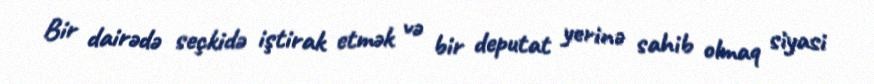
Bir dairədə seçkidə iştirak etmək və bir deputat yerinə sahib olmaq siyasi